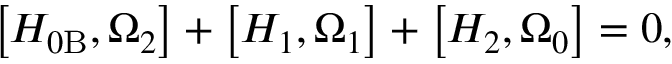
\left[ H _ { 0 \mathrm { B } } , \Omega _ { 2 } \right] + \left[ H _ { 1 } , \Omega _ { 1 } \right] + \left[ H _ { 2 } , \Omega _ { 0 } \right] = 0 ,